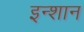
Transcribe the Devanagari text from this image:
इन्शान